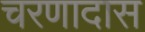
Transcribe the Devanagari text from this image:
चरणादास